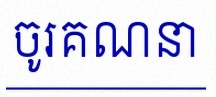
ចូរគណនា